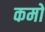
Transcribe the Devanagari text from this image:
कमो